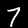
Label: 7